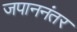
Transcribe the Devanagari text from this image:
जपाननंतर